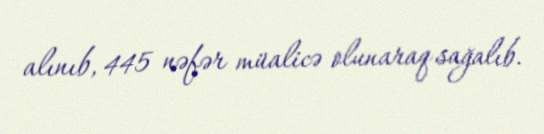
alınıb, 445 nəfər müalicə olunaraq sağalıb.